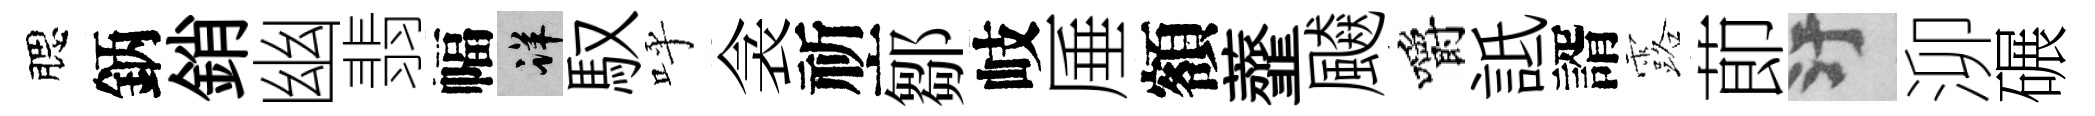
腮鈵銷幽翡幅详馭呼衾祈鄒岐厜額虀飇嚼詆諝露莭污泖碾